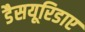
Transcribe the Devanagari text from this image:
डैसयूरिडाए